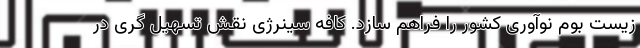
زیست بوم نوآوری کشور را فراهم سازد. کافه سینرژی نقش تسهیل گری در